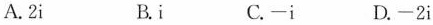
A. 2i B. i C. -i D. -2i